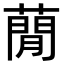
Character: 蕑